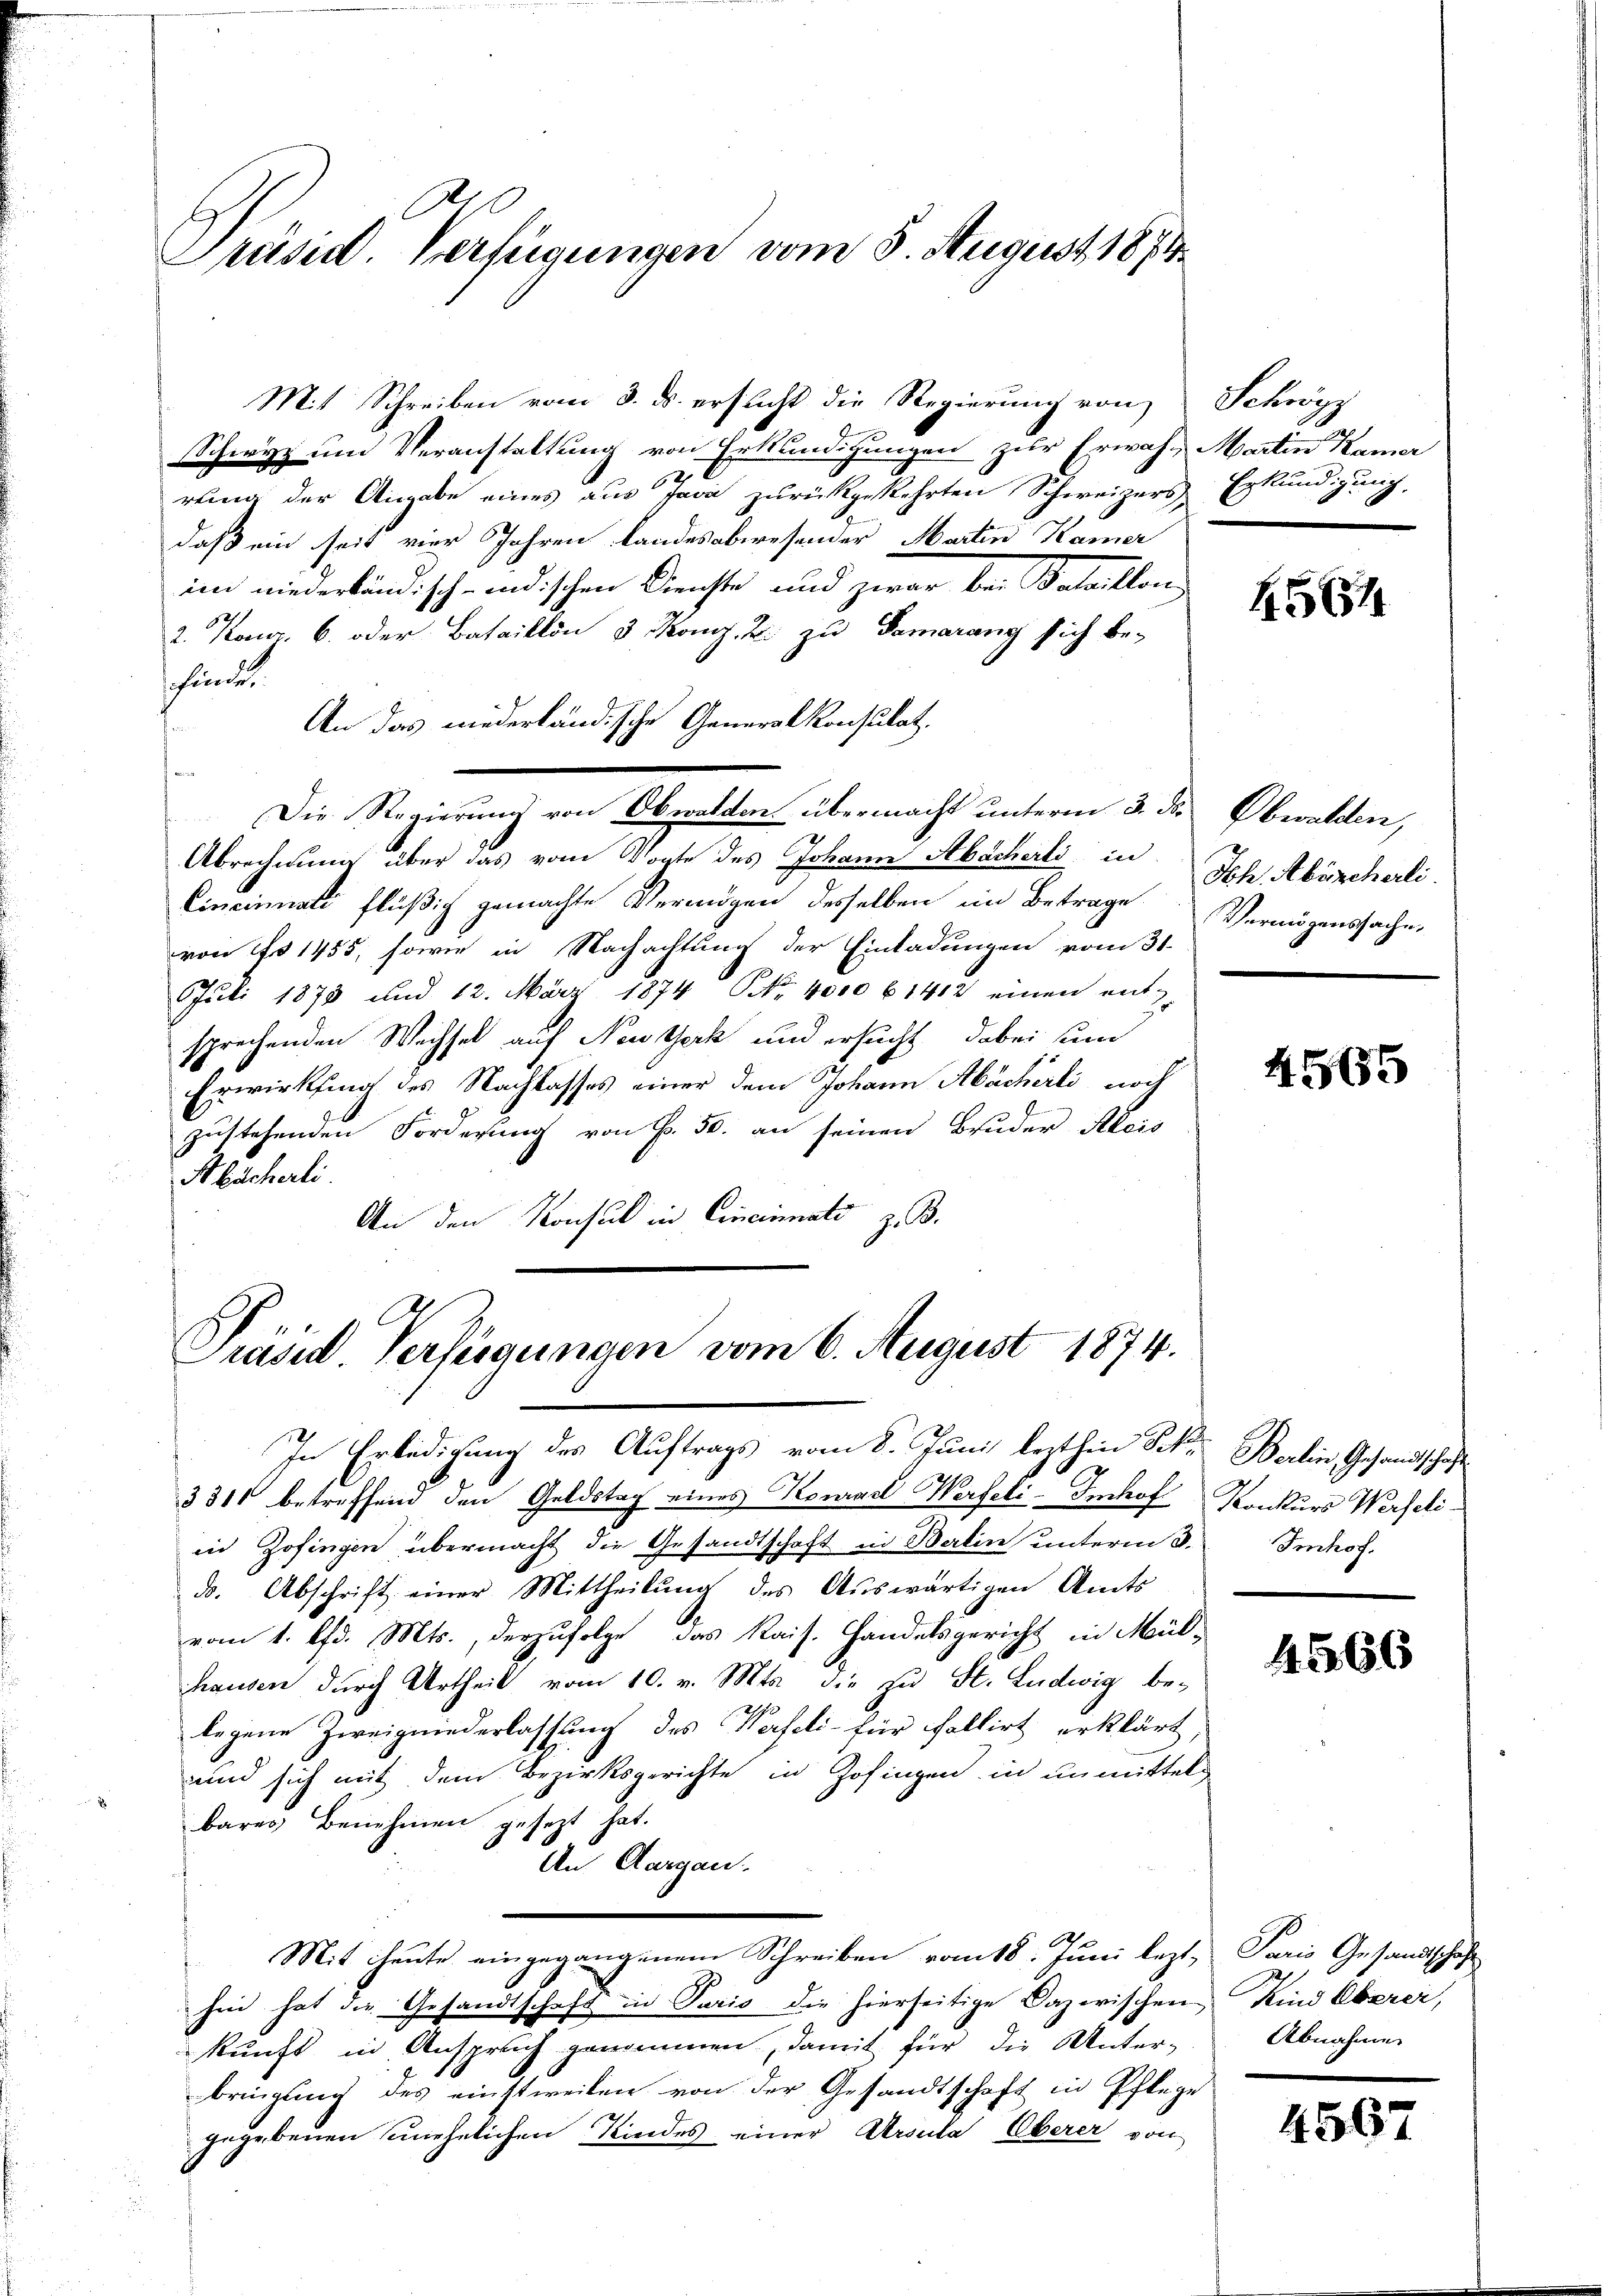
Präsid. Verfügungen vom 8. August 1874.

Mit Schreiben vom 3. ds. ersucht die Regierung von Schröpp
Schwyz um Veranstaltung von Erkundigungen zur Erwähn- Martin Kamer

rung der Angabe eines aus sera zurückgekehrten Schweizers Erkundigung,
daß ein seit vier Jahren landesabwesender Martin Kamer
im niederbändisch-indischen Dienste und zwar bei Bataillon
2. Konr. 6. oder Bataillon 3 Konz. B. zu Samarang sich be-
schieden.
An das niederländische Generalkonsulat.
Die Regierung von Obwalden übermacht unterm 3. ds. Obwalden,
Abrechnung über das vom Vogte des Johann Abächerli in
Cincinati flüßig gemachte Vermögen desselben im Betrage
von es 1455, sowie in Nachachtung der Einladungen vom 31.
Juli 1878 und 12. März 1874 NNo. 4000 l. 1412 einen ent-
sprechenden Wechsel auf Newerk und ersucht dabei sum
Erwirkung des Nachlasses einer dem Johann Abächerli noch
zustehenden Forderung von P. 50. an seinen Bruder Aleis
Hbächerli
An den Konsul in Cincinnate z. B.

In Erledigung des Auftrags vom 8. Juni lezthin Frk. Berlin Gesandtschaft
331 betreffend den Geldstag eines Konrad Werfeli-Imhof Konkurs Werfeliin Zofingen übermacht die Gesandtschaft in Berlin unterm 3. Imhof.
d. Abschrift einer Mittheilŭng des Aŭswärtigen Amts
vom 1. d. Mts., derzufolge, das Kais. Handelsgericht in Mül-
hausen durch Urtheil vom 10. v. Mts. die zu St. Ludwig be-
legene Zweigniederlassung des Verseli- für Fallirt erklärt,
und sich mit dem Bezirksgerichte in Zofingen in unmittels
bares Benehmen gesetzt hat.
An Aargau.
Mit heute eingegangenem Schreiben vom 18. Juni lezt, Paris Gesandtschaft
hin hat die Gesandtschaft in Pario die hierseitige Dazerischen Kind Oberer,
kunft in Anspruch genommen, damit für die Unter-
bringung des einstweilen von der Gesandtschaft in Pflege
gegebenen unehelichen Kindes einer Arsula Oberer von

Präsid Verfügungen vom 6. August 1874.

564

Ich. Abächerli
Vermögenssache,

4565

4566

Abnahme

4567